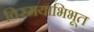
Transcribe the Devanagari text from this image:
विस्मयाभिभूत